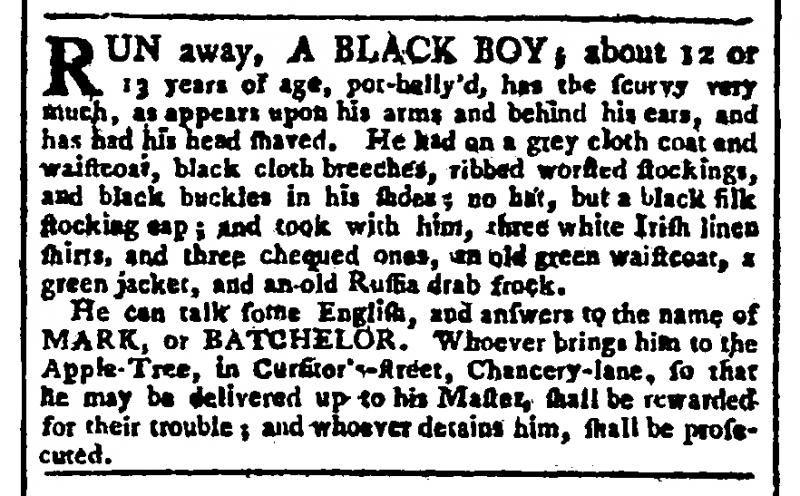
Gazetteer and New Daily Advertiser, 24 June 1769 (England)
RUN away, A BLACK BOY, about 12 or 13 years of age, pot-belly’d, has the scurvy very much, as appears upon his arms and behind his ears, and has had his head shaved. He had on a grey cloth coat and waistcoat, black cloth breeches, ribbed worsted stockings, and black buckles in his shoes; no hat, but a black silk stocking cap; and took with him three white Irish linen shirts, and three chequed ones, an old green waistcoat, a green jacket, and an old Russia drab frock.   He can talk some English, and answers to the name of MARK, or BATCHELOR. Whoever brings him to the Apple-Tree, in Cursitor’s-Street, Chancery-lane, so that he may be delivered up to his Master, shall be rewarded for their trouble; and whoever detains him, shall be prosecuted.